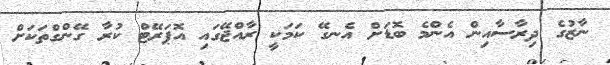
ނާޒުގެ ދިރާސާއިން އެންމެ ބޮޑަށް އެނގޭ ކަމަކީ ރާއްޖޭގައި އޮޕަރޭޓް ކުރާ ގޭންގްތަކަށް